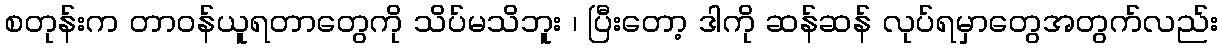
စတုန်းက တာဝန်ယူရတာတွေကို သိပ်မသိဘူး ၊ ပြီးတော့ ဒါကို ဆန်ဆန် လုပ်ရမှာတွေအတွက်လည်း